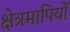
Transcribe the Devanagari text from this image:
क्षेत्रमापियों